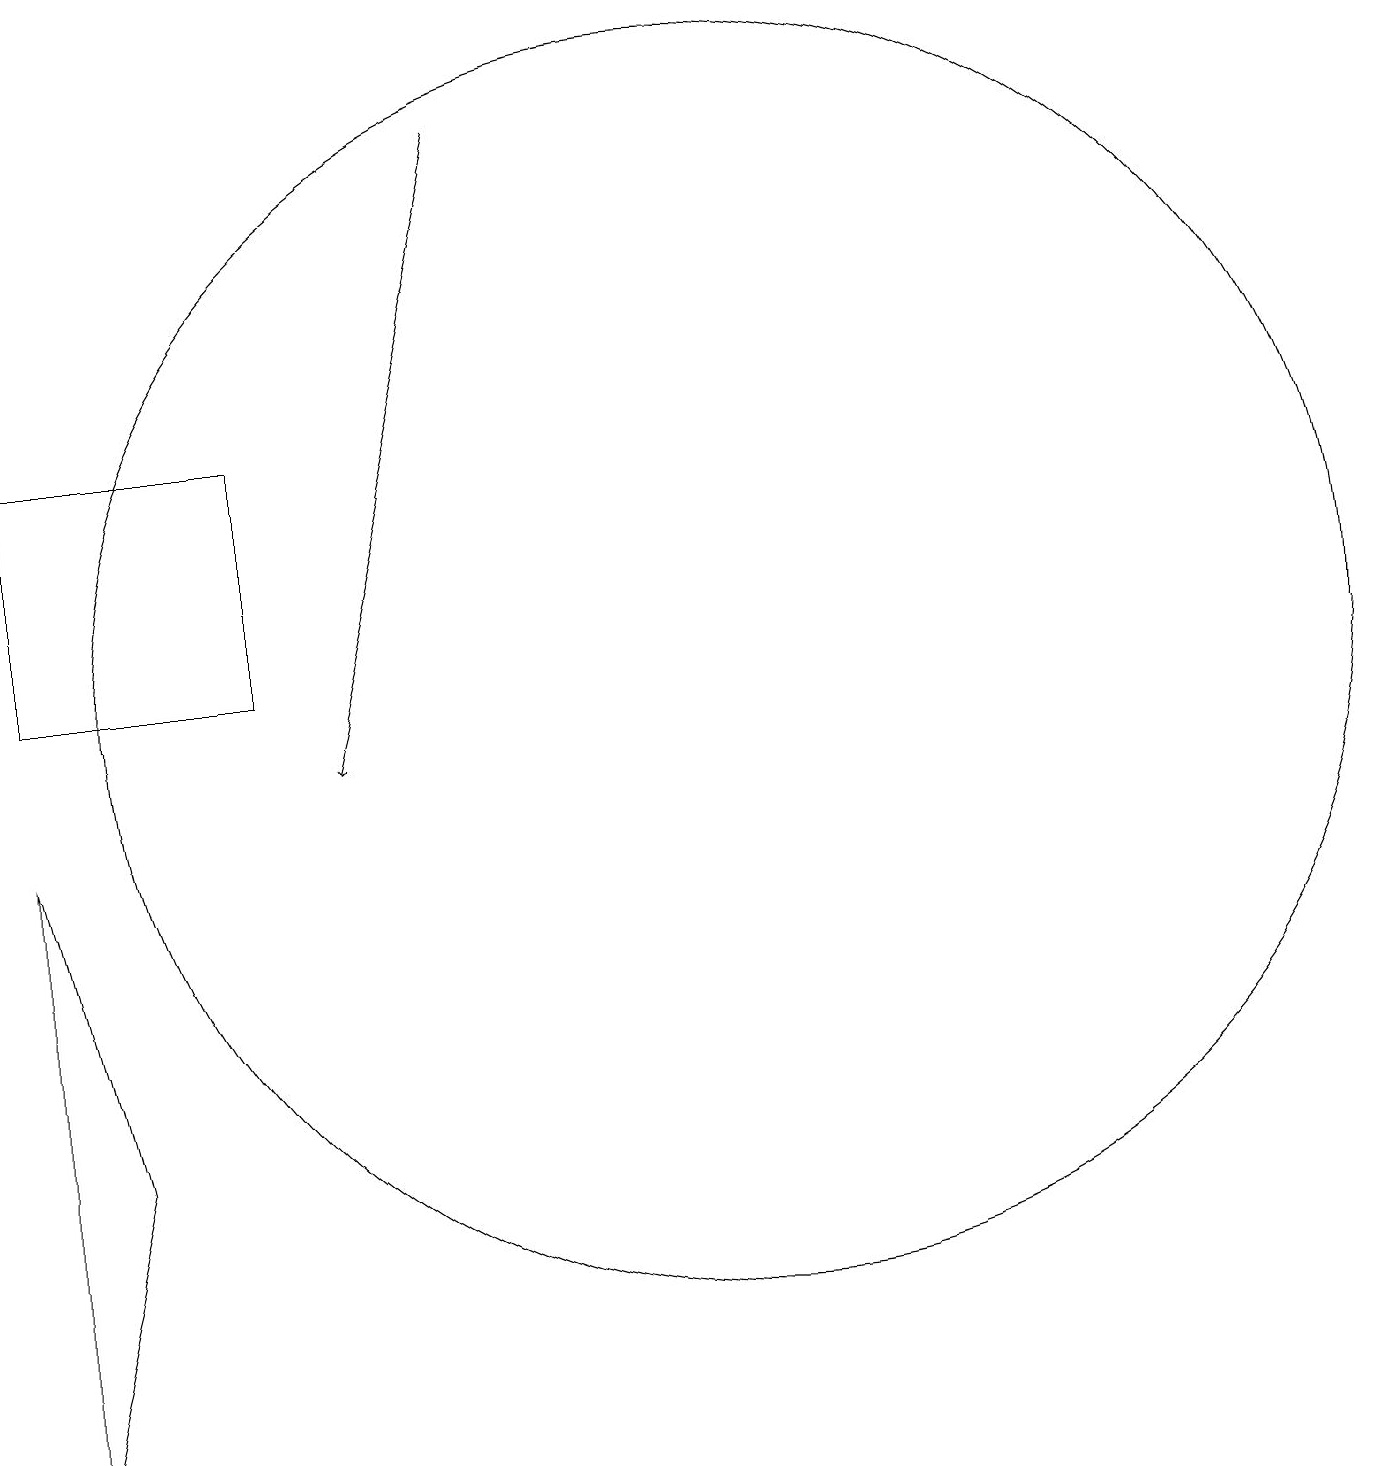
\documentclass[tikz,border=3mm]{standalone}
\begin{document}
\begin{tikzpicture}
\draw (1,9) -- (1,1) -- (2,5) -- cycle;
\draw (10,11) circle (8);
\draw[->] (7,18) -- (5,10);
\draw (1,11) rectangle (4,14);
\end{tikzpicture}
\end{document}